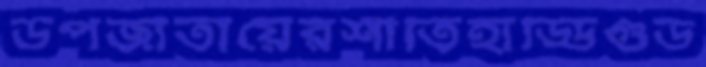
উপজাতীয়েরশীতিহাড্ডিগুড